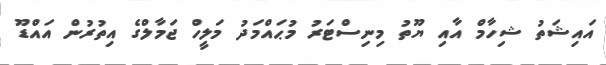
އައިޝަތު ޝިހާމް އާއި ޔޫތު މިނިސްޓަރު މުޙައްމަދު މަލީހް ޖަމާލްގެ އިތުރުން އައްޑޫ